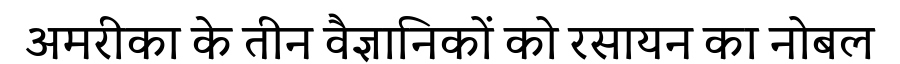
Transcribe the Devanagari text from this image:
अमरीका के तीन वैज्ञानिकों को रसायन का नोबल